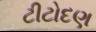
ટીટોદણ